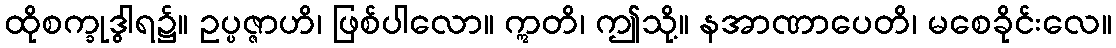
ထိုစက္ခုဒွါရ၌။ ဥပ္ပဇ္ဇာဟိ၊ ဖြစ်ပါလော။ ဣတိ၊ ဤသို့။ နအာဏာပေတိ၊ မစေခိုင်းလေ။